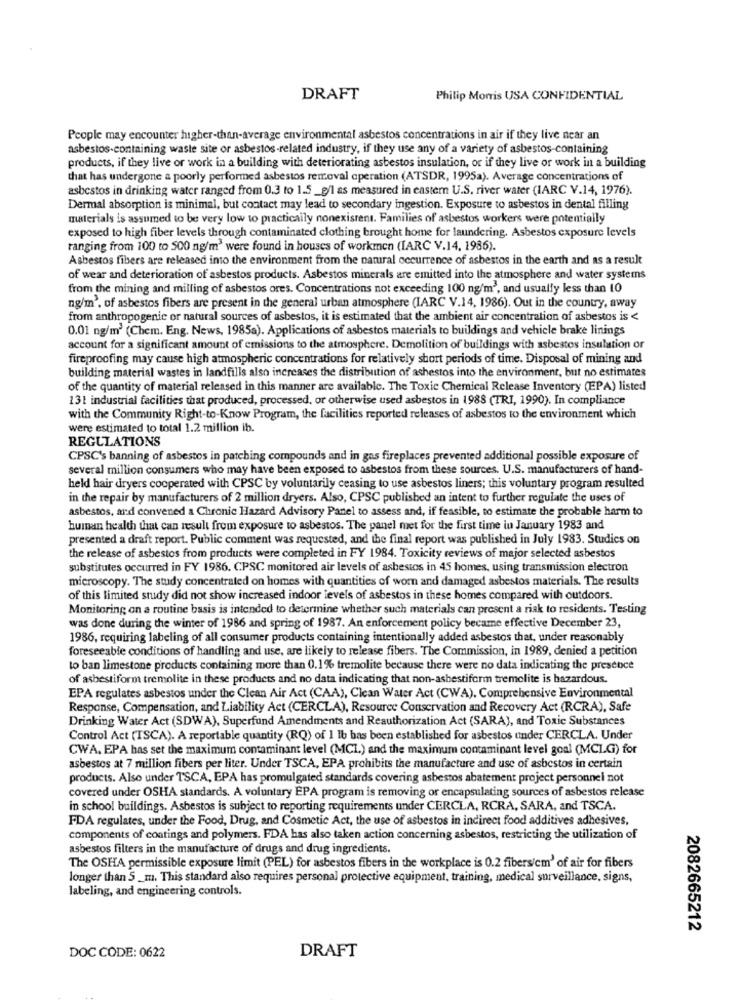
DRAFT
Philip Morris USA CONFIDENTIAL
People may encounter higher-than-average environmental asbestos concentrations in air if they live near an
asbestos-containing waste site or asbestos-related industry, if they use any of a variety of asbestos-containing
products, if they live or work in a building with deteriorating asbestos insulation, or if they live or work in a building
that has undergone a poorly performed asbestos removal operation (ATSDR, 1995a). Average concentrations of
asbestos in drinking water ranged from 0.3 to 1.5_g/l as measured in eastern U.S. river water (IARC V.14, 1976).
Dermal absorption is minimal, but contact may lead to secondary ingestion. Exposure to asbestos in dental filling
materials is assumed to be very low to practically nonexistent. Families of asbestos workers were potentially
exposed to high fiber levels through contaminated clothing brought home for laundering. Asbestos exposure levels
ranging from 100 to 500 ng/m3 were found in houses of workmen (IARC V.14, 1986).
Asbestos fibers are released into the environment from the natural occurrence of asbestos in the earth and as a result
of wear and deterioration of asbestos products. Asbestos minerals are emitted into the atmosphere and water systems
from the mining and milling of asbestos ores. Concentrations not exceeding 100 ng/m', and usually less than 10
ng/m', of asbestos fibers are present in the general urban atmosphere (IARC V.14, 1986). Out in the country, away
from anthropogenic or natural sources of asbestos, it is estimated that the ambient air concentration of asbestos is <
0.01 ng/m3 (Chem. Eng. News, 1985a). Applications of asbestos materials to buildings and vehicle brake linings
account for a significant amount of emissions to the atmosphere. Demolition of buildings with asbestos insulation or
fireproofing may cause high atmospheric concentrations for relatively short periods of time. Disposal of mining and
building material wastes in landfills also increases the distribution of ashestos into the environment, but no estimates
of the quantity of material released in this manner are available. The Toxic Chemical Release Inventory (EPA) listed
131 industrial facilities that produced, processed, or otherwise used asbestos in 1988 (TRI, 1990). In compliance
with the Community Right-to-Know Program, the facilities reported releases of asbestos to the environment which
were estimated to total 1.2 million ib.
REGULATIONS
CPSC's banning of asbestos in patching compounds and in gas fireplaces prevented additional possible exposure of
several million consumers who may have been exposed to asbestos from these sources. U.S. manufacturers of hand-
held hair dryers cooperated with CPSC by voluntarily ceasing to use asbestos liners; this voluntary program resulted
in the repair by manufacturers of 2 million dryers. Also, CPSC published an intent to further regulate the uses of
asbestos, and convened a Chronic Hazard Advisory Panel to assess and, if feasible, to estimate the probable harm to
human health that can result from exposure to asbestos. The panel met for the first time in January 1983 and
presented a draft report. Public comment was requested, and the final report was published in July 1983. Studies on
the release of asbestos from products were completed in FY 1984. Toxicity reviews of major selected asbestos
substitutes occurred in FY 1986. CPSC monitored air levels of asbestos in 45 homes, using transmission electron
microscopy. The study concentrated on homes with quantities of worn and damaged asbestos materials. The results
of this limited study did not show increased indoor levels of asbestos in these homes compared with outdoors.
Monitoring on a routine basis is intended to determine whether such materials can present a risk to residents. Testing
was done during the winter of 1986 and spring of 1987. An enforcement policy became effective December 23,
1986, requiring labeling of all consumer products containing intentionally added asbestos that, under reasonably
foreseeable conditions of handling and use, are likely to release fibers. The Commission, in 1989, denied a petition
to ban limestone products containing more than 0.1% tremolite because there were no data indicating the presence
of asbestiform tremolite in these products and no data indicating that non-asbestiform tremolite is hazardous.
EPA regulates asbestos under the Clean Air Act (CAA), Clean Water Act (CWA), Comprehensive Environmental
Response, Compensation, and Liability Act (CERCLA), Resource Conservation and Recovery Act (RCRA), Safe
Drinking Water Act (SDWA), Superfund Amendments and Reauthorization Act (SARA), and Toxic Substances
Control Act (TSCA). A reportable quantity (RQ) of 1 Ib bas been established for asbestos under CERCLA. Under
CWA. EPA has set the maximum contaminant level (MCL.) and the maximum contaminant level goal (MCLG) for
asbestos at 7 million fibers per liter. Under TSCA, EPA prohibits the manufacture and use of asbestos in certain
products. Also under TSCA, EPA has promulgated standards covering asbestos abatement project personnel not
covered under OSHA standards. A voluntary EPA program is removing or encapsulating sources of asbestos release
in school buildings. Asbestos is subject to reporting requirements under CERCLA, RCRA, SARA, and TSCA.
FDA regulates, under the Food, Drug, and Cosmetic Act, the use of asbestos in indirect food additives adhesives,
components of coatings and polymers. FDA has also taken action concerning asbestos, restricting the utilization of
asbestos filters in the manufacture of drugs and drug ingredients.
The OSHA permissible exposure limit (PEL) for asbestos fibers in the workplace is 0.2 fibers/cm' of air for fibers
longer than S _m. This standard also requires personal protective equipment, training, medical surveillance, signs,
labeling, and engineering controls.
2082665212
DRAFT
DOC CODE: 0622